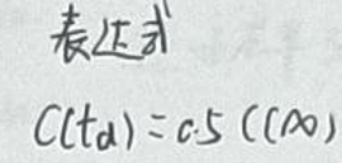
表达式
\(C ( t _ { d } ) = c. 5 ( C \infty )\)